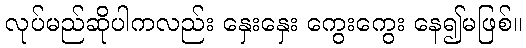
လုပ်မည်ဆိုပါကလည်း နှေးနှေး ကွေးကွေး နေ၍မဖြစ်။